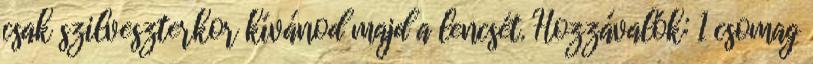
csak szilveszterkor kívánod majd a lencsét. Hozzávalók: 1 csomag